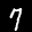
Label: 7